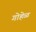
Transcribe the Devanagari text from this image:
गोहेळ